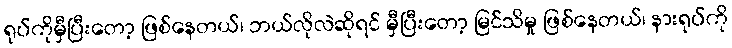
ရုပ်ကိုမှီပြီးတော့ ဖြစ်နေတယ်၊ ဘယ်လိုလဲဆိုရင် မှီပြီးတော့ မြင်သိမှု ဖြစ်နေတယ်၊ နားရုပ်ကို